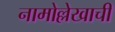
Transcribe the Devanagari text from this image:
नामोल्लेखाची